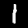
Label: 1